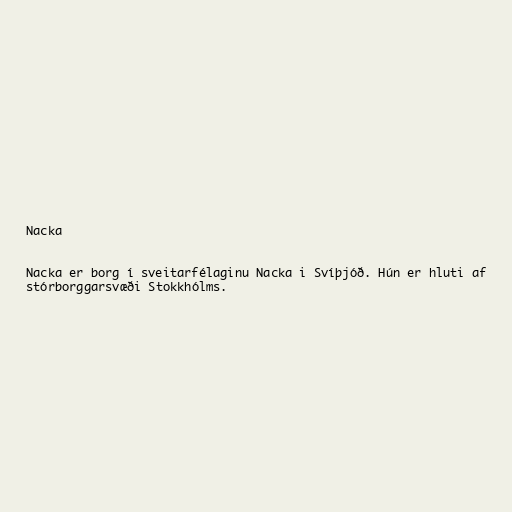
Nacka

Nacka er borg í sveitarfélaginu Nacka i Svíþjóð. Hún er hluti af
stórborggarsvæði Stokkhólms.